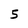
Character: 5